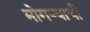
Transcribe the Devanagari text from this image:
मोगऱ्याची